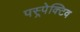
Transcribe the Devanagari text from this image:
पस्र्पेक्टिव